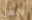
وتعال